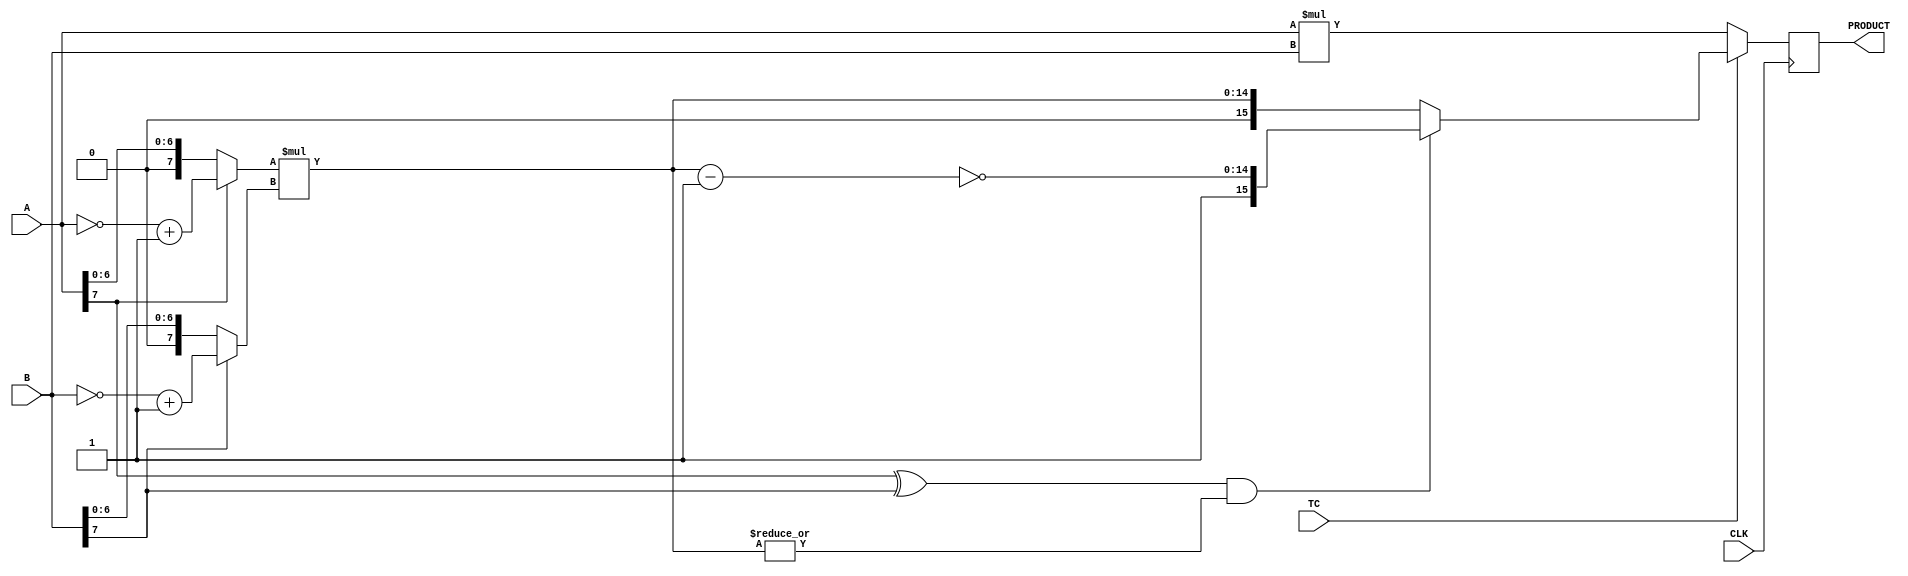
module DW02_mult_2_stage(A,B,TC,CLK,PRODUCT);
parameter	A_width = 8;
parameter	B_width = 8;
input	[A_width-1:0]	A;
input	[B_width-1:0]	B;
input			TC,CLK;
output	[A_width+B_width-1:0]	PRODUCT;

reg	[A_width+B_width-1:0]	PRODUCT;
wire	[A_width+B_width-1:0]	pre_product;

wire	[A_width-1:0]	temp_a;
wire	[B_width-1:0]	temp_b;
wire	[A_width+B_width-2:0]	long_temp1,long_temp2;

assign	temp_a = (A[A_width-1])? (~A + 1'b1) : A;
assign	temp_b = (B[B_width-1])? (~B + 1'b1) : B;

assign	long_temp1 = temp_a * temp_b;
assign	long_temp2 = ~(long_temp1 - 1'b1);

assign	pre_product = (TC)? (((A[A_width-1] ^ B[B_width-1]) && (|long_temp1))?
				{1'b1,long_temp2} : {1'b0,long_temp1})
			: A * B;

always @ (posedge CLK)
begin
	PRODUCT <= pre_product;
end

endmodule